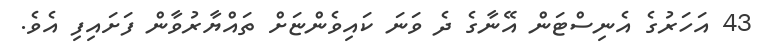
43 އަހަރުގެ އެނިސްޓަން އޭނާގެ ދެ ވަނަ ކައިވެންޏަށް ތައްޔާރުވާން ފަށައިފި އެވެ.